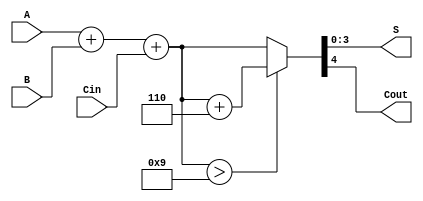
module BCD_Adder (
    input  [3:0] A,      // First BCD digit
    input  [3:0] B,      // Second BCD digit
    input        Cin,     // Carry-in
    output [3:0] S,      // BCD Sum
    output       Cout     // Carry-out
);

    wire [4:0] sum;      // 5-bit sum to accommodate carry
    wire correction;      // Flag to indicate if correction is needed
    wire [4:0] corrected_sum; // Corrected sum after BCD adjustment

    // Step 1: Binary addition
    assign sum = A + B + Cin;

    // Step 2: Check if correction is needed (if sum > 9)
    assign correction = sum > 5'd9;

    // Step 3: Perform correction if needed
    assign corrected_sum = correction ? (sum + 5'd6) : sum;

    // Step 4: Assign outputs
    assign S = corrected_sum[3:0]; // Lower 4 bits for BCD sum
    assign Cout = corrected_sum[4]; // Highest bit for carry-out

endmodule